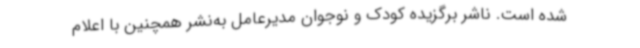
شده‌ است. ناشر برگزیده کودک و نوجوان مدیرعامل به‌نشر همچنین با اعلام